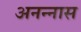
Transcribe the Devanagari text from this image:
अनन्‍नास